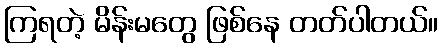
ကြရတဲ့ မိန်းမတွေ ဖြစ်နေ တတ်ပါတယ်။